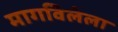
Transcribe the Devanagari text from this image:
मागविलेला